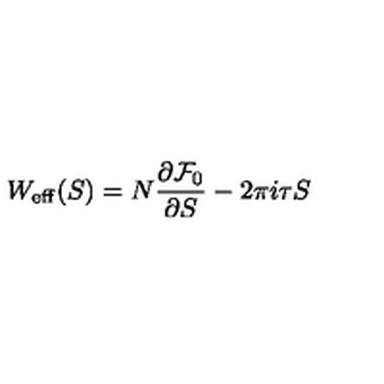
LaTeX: W _ { \mathrm { e f f } } ( S ) = N \frac { \partial { \cal F } _ { 0 } } { \partial S } - 2 \pi i \tau S